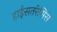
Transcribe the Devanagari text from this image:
हाईसतरेसिस